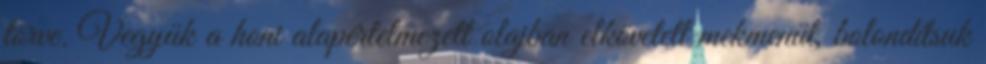
törve. Vegyük a honi alapértelmezett olajban elkövetett mekmenüt, bolondítsuk